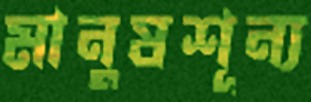
মানুষশূন্য